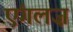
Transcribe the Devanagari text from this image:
एंगलज़